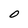
Character: O